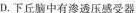
D.下丘脑中有渗透压感受器